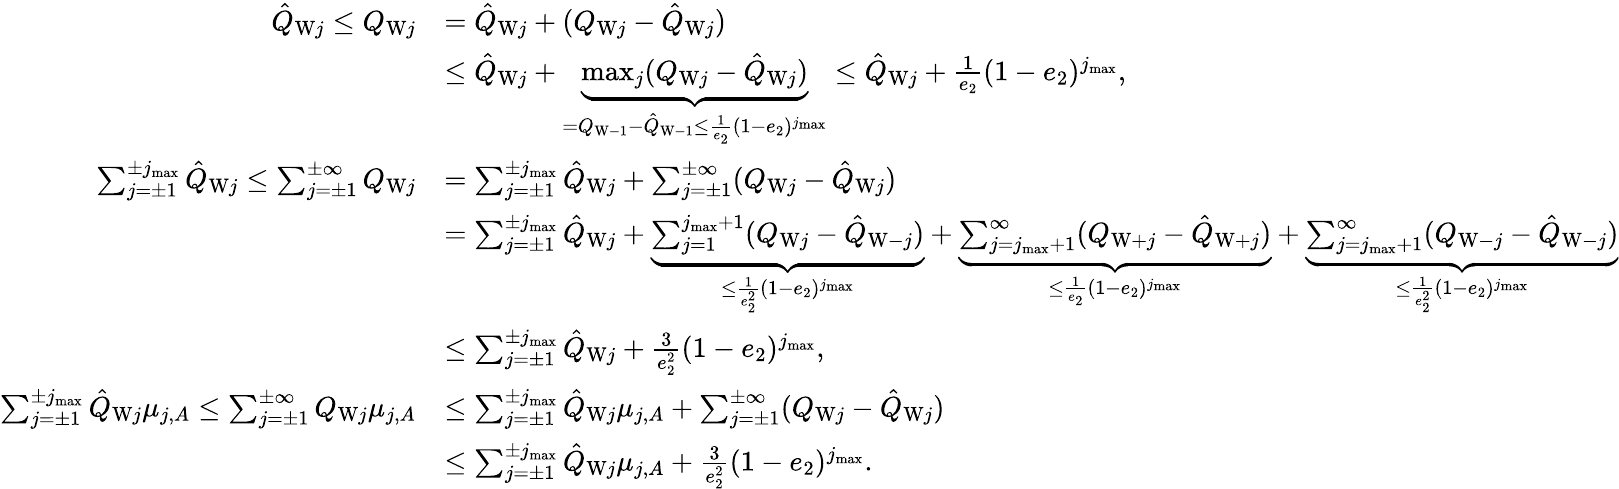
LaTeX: \begin{array}{rl}{\hat{Q}_{\mathrm{W}j}\le Q_{\mathrm{W}j}}&{=\hat{Q}_{\mathrm{W}j}+(Q_{\mathrm{W}j}-\hat{Q}_{\mathrm{W}j})}\\ &{\le\hat{Q}_{\mathrm{W}j}+\underbrace{\operatorname*{max}_{j}(Q_{\mathrm{W}j}-\hat{Q}_{\mathrm{W}j})}_{=Q_{\mathrm{W}-1}-\hat{Q}_{\mathrm{W}-1}\le\frac{1}{e_{2}}(1-e_{2})^{j_{\operatorname*{max}}}}\le\hat{Q}_{\mathrm{W}j}+\frac{1}{e_{2}}(1-e_{2})^{j_{\operatorname*{max}}},}\\ {\sum_{j=\pm 1}^{\pm j_{\operatorname*{max}}}\hat{Q}_{\mathrm{W}j}\le\sum_{j=\pm 1}^{\pm\infty}Q_{\mathrm{W}j}}&{=\sum_{j=\pm 1}^{\pm j_{\operatorname*{max}}}\hat{Q}_{\mathrm{W}j}+\sum_{j=\pm 1}^{\pm\infty}(Q_{\mathrm{W}j}-\hat{Q}_{\mathrm{W}j})}\\ &{=\sum_{j=\pm 1}^{\pm j_{\operatorname*{max}}}\hat{Q}_{\mathrm{W}j}+\underbrace{\sum_{j=1}^{j_{\operatorname*{max}}+1}(Q_{\mathrm{W}j}-\hat{Q}_{\mathrm{W}-j})}_{\le\frac{1}{e_{2}^{2}}(1-e_{2})^{j_{\operatorname*{max}}}}+\underbrace{\sum_{j=j_{\operatorname*{max}}+1}^{\infty}(Q_{\mathrm{W}+j}-\hat{Q}_{\mathrm{W}+j})}_{\le\frac{1}{e_{2}}(1-e_{2})^{j_{\operatorname*{max}}}}+\underbrace{\sum_{j=j_{\operatorname*{max}}+1}^{\infty}(Q_{\mathrm{W}-j}-\hat{Q}_{\mathrm{W}-j})}_{\le\frac{1}{e_{2}^{2}}(1-e_{2})^{j_{\operatorname*{max}}}}}\\ &{\le\sum_{j=\pm 1}^{\pm j_{\operatorname*{max}}}\hat{Q}_{\mathrm{W}j}+\frac{3}{e_{2}^{2}}(1-e_{2})^{j_{\operatorname*{max}}},}\\ {\sum_{j=\pm 1}^{\pm j_{\operatorname*{max}}}\hat{Q}_{\mathrm{W}j}\mu_{j,A}\le\sum_{j=\pm 1}^{\pm\infty}Q_{\mathrm{W}j}\mu_{j,A}}&{\le\sum_{j=\pm 1}^{\pm j_{\operatorname*{max}}}\hat{Q}_{\mathrm{W}j}\mu_{j,A}+\sum_{j=\pm 1}^{\pm\infty}(Q_{\mathrm{W}j}-\hat{Q}_{\mathrm{W}j})}\\ &{\le\sum_{j=\pm 1}^{\pm j_{\operatorname*{max}}}\hat{Q}_{\mathrm{W}j}\mu_{j,A}+\frac{3}{e_{2}^{2}}(1-e_{2})^{j_{\operatorname*{max}}}.}\end{array}